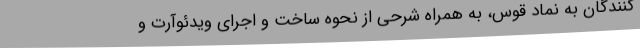
کنندگان به نماد قوس، به همراه شرحی از نحوه ساخت و اجرای ویدئوآرت و